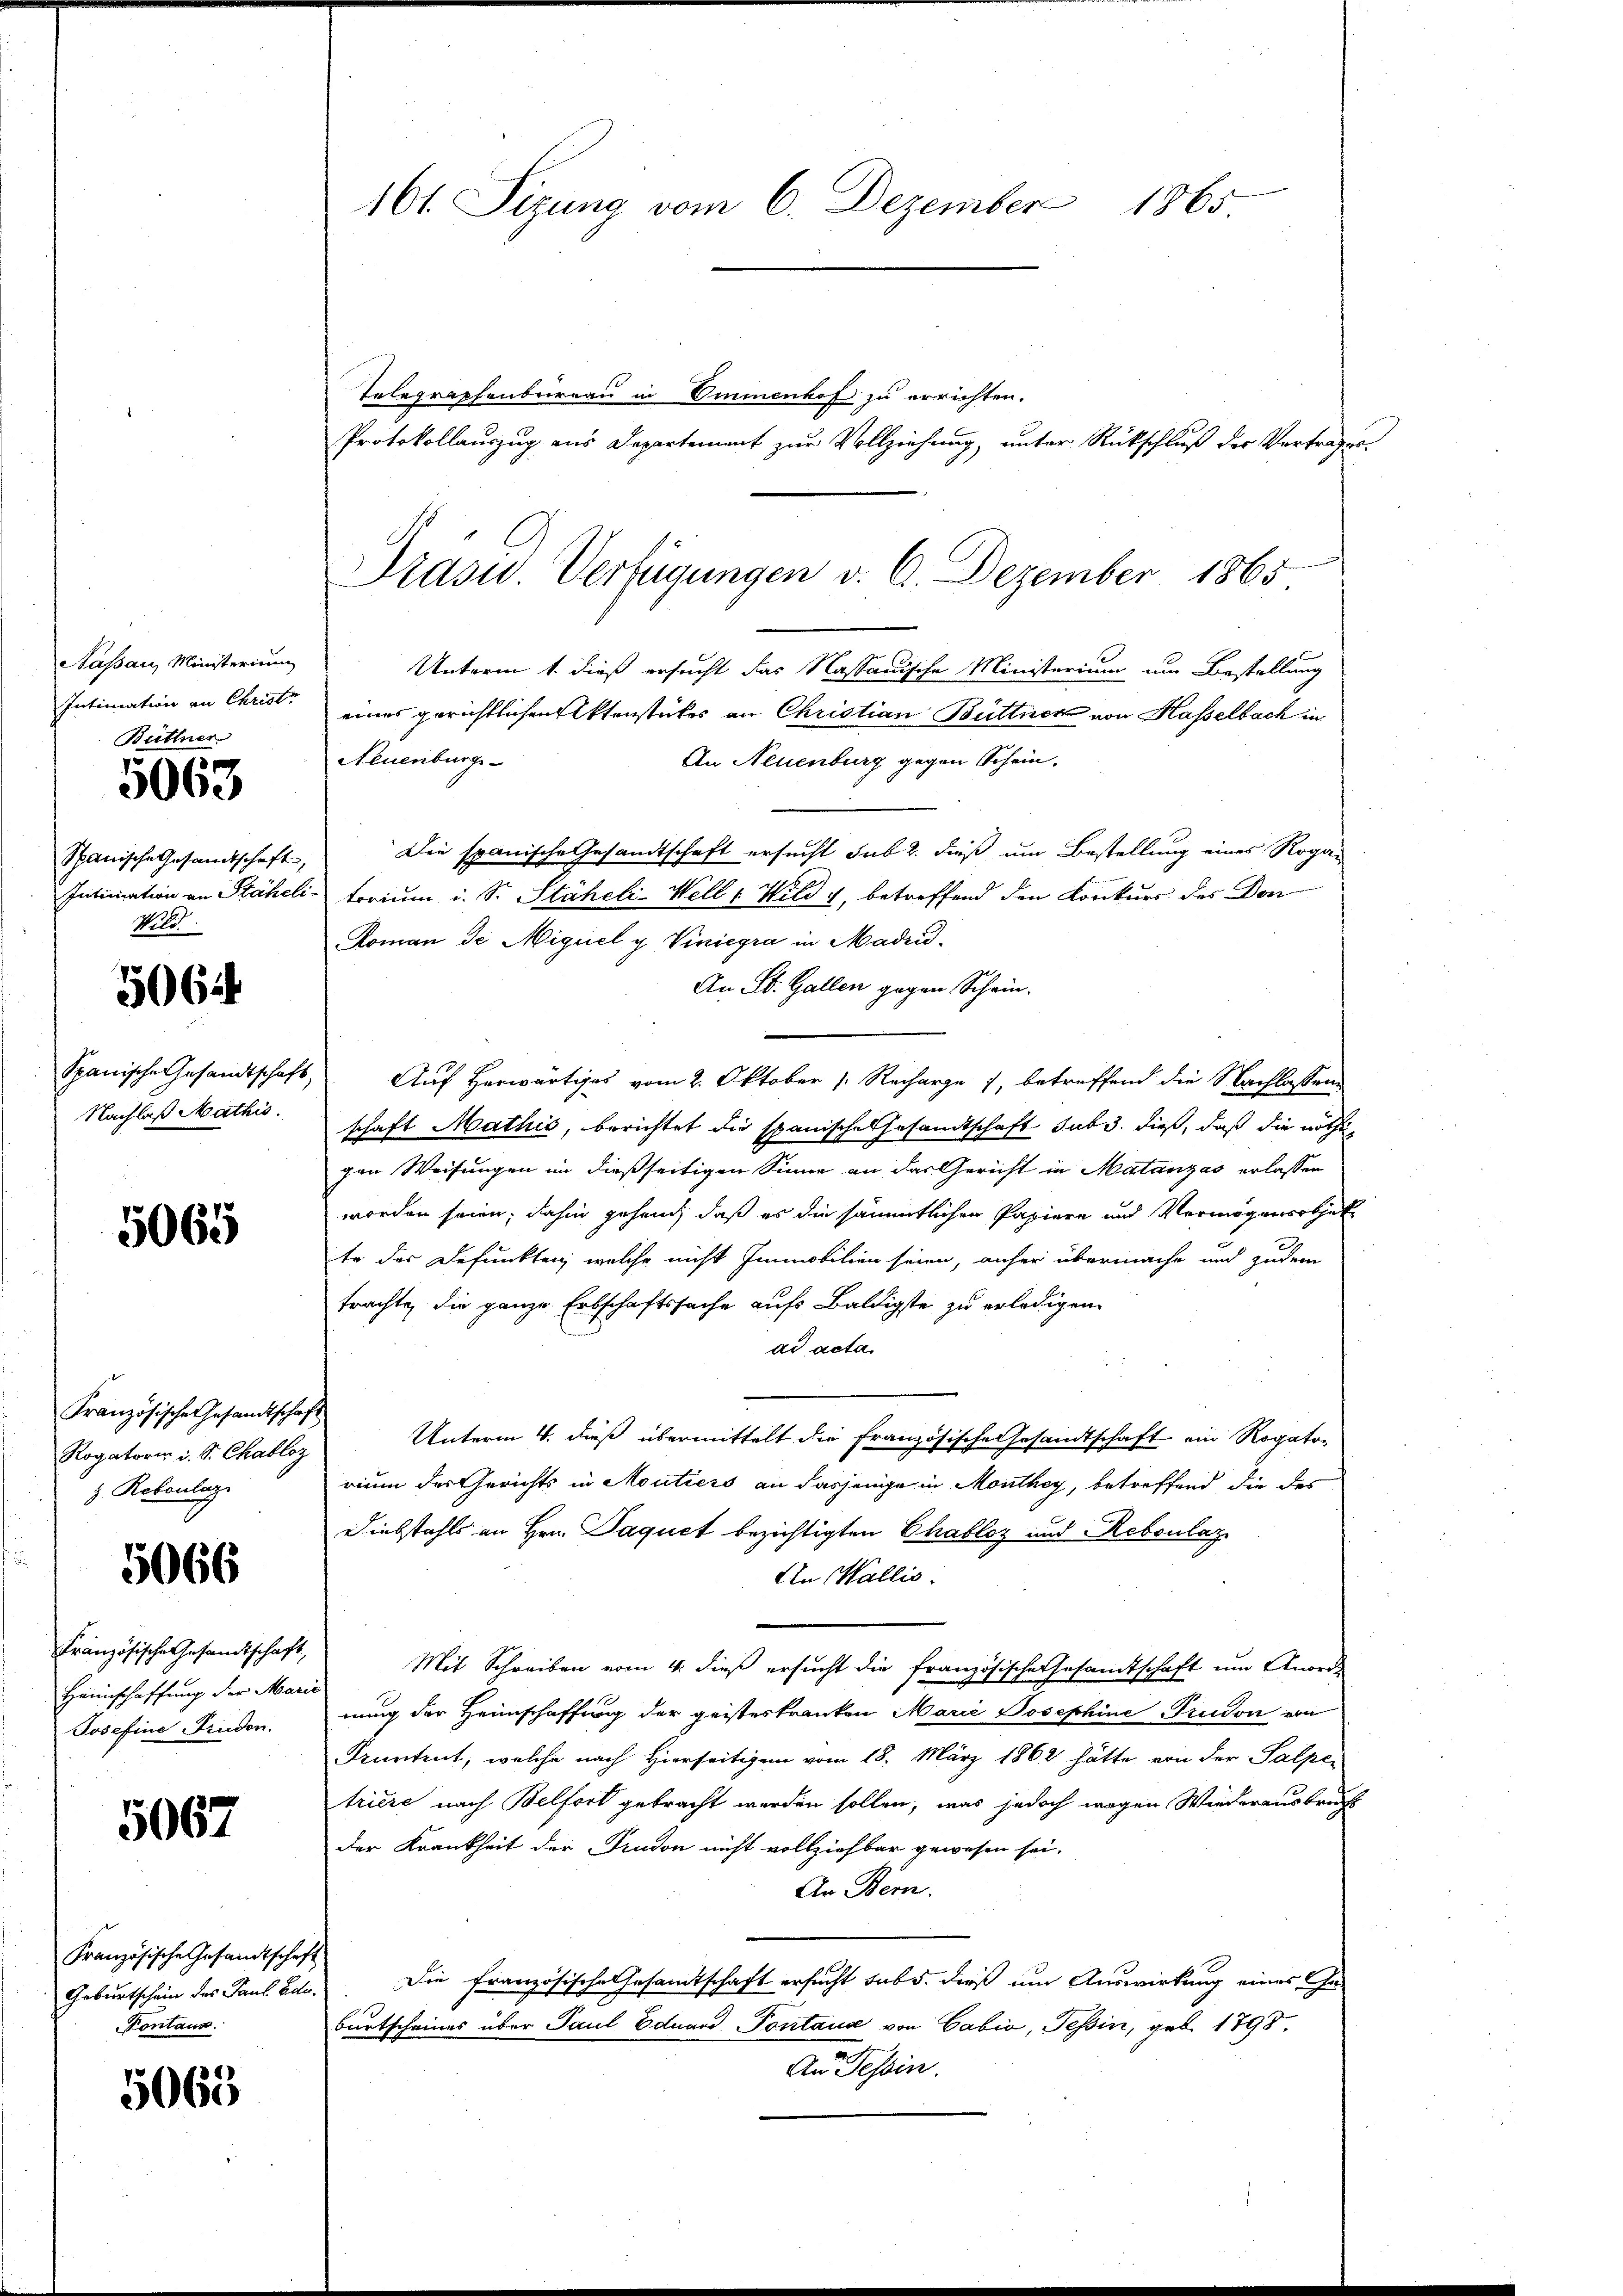
Kassau, Ministerium
Intimation an Christr
Büttner

5063

Spanische Gesandtschaft,
Intimation an Stäheli
Wild

5064

Spanische Gesandtschaf
Nachlaß Mathis.

5065

Französische Gesandtscha¬
Rogatoris i. S. Chabloz
z. Robonlage

5066

Französische Gesandtschaft,
Heimschaffung der Mari
Josefine Frieden.

5067

Französische Gesandtsche,
Kontans.

5063

161. Sizung vom 6. Dezember 1865.
Telegraphenbergau in Ommenhof zu errichten.
Protokollauszug aus Departement zur Vollziehung, unter Rückschluß der Vertrag¬

Drasu. Verfügungen v. 6. Dezember 1865
Unterm 1. dieß ersucht das Nassauische Ministerium um Bestellung
eines gerichtlichen Aktenstückes an Christian Büttner von Hasselbach in
Neuenburge
An Neuenburg gegen Schein.
Die spanische Gesandtschaft ersucht sub 2. dieß um Bestellung eines Rogar
 torium i. S. Stäheli-Well & Wild 4, betreffend den Konkurs des Don

Roman de Miguel y. Viniegra in Madrid¬
An St. Gallen gegen Schein.
Auf Herwärtiges vom 2. Oktober /: Recharge 7, betreffend die Nachlassen
schaft Mathis, berichtet die spanische Gesamtschaft sub 3. dieß, daß die nöthigen Weisungen in dießseitigen Sinne an das Gericht in Matanzes erlassen
worden seien; dahin gehend, daß es die sämmtlichen Papiere und Vermögensthet
te der Befunkten, welche nicht Immobilien seien, anher übermache und zudem
trachte, die ganze Erbschaftssache aufs baldigste zu erledigen.
ad acta
d
Unterm 4. dieß übermittelt die französische Gesandtschaft ein Rogatorium der Gerichts in Moutiers an dasjenige in Monthey, betreffend die des
Diebstahls an Hrn. Paquet bezichtigten Chabloz und Reboulaz
An Wallis.
Mit Schreiben vom 4. dieß ersucht die französische Gesamtschaft um Anord
nung der Heimschaffung der geisteskranken Marie Josephine Trudon von
Pruntrut, welche nach Hierseitigen vom 18. März 1862 hätte von der Salper
triere nach Belfort gebracht werden sollen, was jedoch wegen Wiederausbruchs
der Krankheit der Trudon nicht vollziehbar gewesen sei.
An Bern.
1
Geburtschein des Paul Ed. Die Französische Gesandtschaft ersucht sub 5. dieß um Auswirkung eines Geburtscheines über Paul Eduard Pontause von Cabić, Tessin, geb. 1798.
An Tessin.